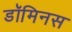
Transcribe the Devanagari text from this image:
डॉमिनस